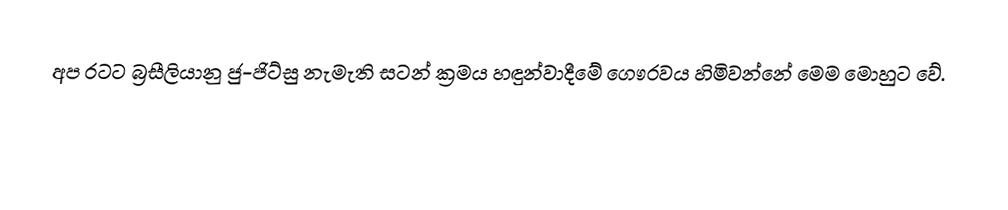
අප රටට බ්‍රසීලියානු ජු-ජිට්සු නැමැති සටන් ක්‍රමය හඳුන්වාදීමේ ගෞරවය හිමිවන්නේ මෙම මොහුට වේ.